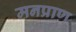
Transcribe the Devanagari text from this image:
मनप्राण